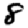
Digit: 8